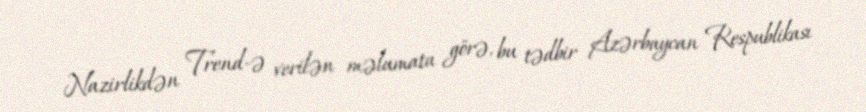
Nazirlikdən Trend-ə verilən məlumata görə, bu tədbir Azərbaycan Respublikası